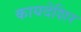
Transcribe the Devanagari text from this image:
कायदेशिर